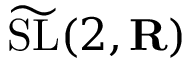
{ \widetilde \mathrm { { S L } } } ( 2 , \mathbf { R } )